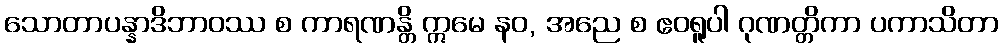
သောတာပန္နာဒိဘာဝဿ စ ကာရဏန္တိ ဣမေ နဝ, အညေ စ ဧဝရူပါ ဂုဏတ္တိကာ ပကာသိတာ